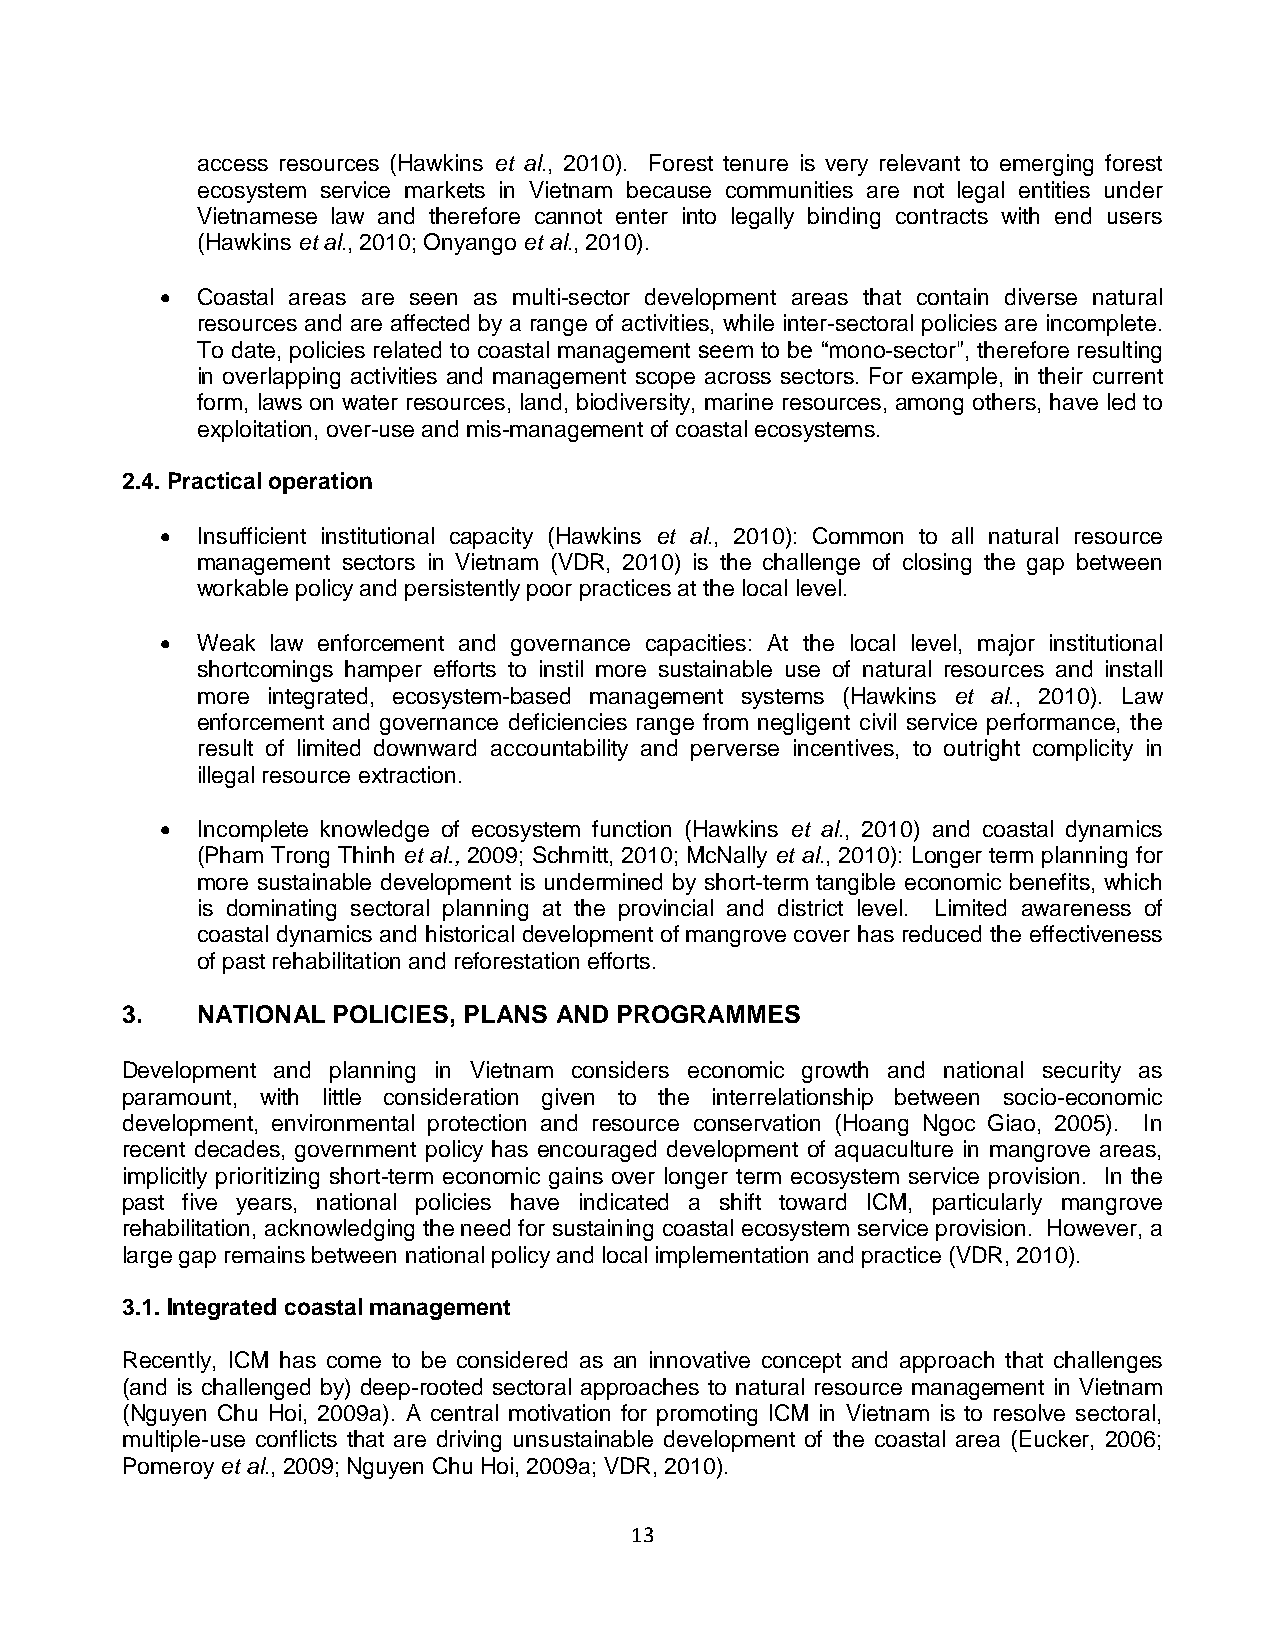
access resources (Hawkins et al., 2010). Forest tenure is very relevant to emerging forest
 ecosystem service markets in Vietnam because communities are not legal entities under
 Vietnamese law and therefore cannot enter into legally binding contracts with end users
 (Hawkins et al., 2010; Onyango et al., 2010).
  Coastal areas are seen as multi-sector development areas that contain diverse natural
 resources and are affected by a range of activities, while inter-sectoral policies are incomplete.
 To date, policies related to coastal management seem to be “mono-sector", therefore resulting
 in overlapping activities and management scope across sectors. For example, in their current
 form, laws on water resources, land, biodiversity, marine resources, among others, have led to
 exploitation, over-use and mis-management of coastal ecosystems.
 2.4. Practical operation
  Insufficient institutional capacity (Hawkins et al., 2010): Common to all natural resource
 management sectors in Vietnam (VDR, 2010) is the challenge of closing the gap between
 workable policy and persistently poor practices at the local level.
  Weak law enforcement and governance capacities: At the local level, major institutional
 shortcomings hamper efforts to instil more sustainable use of natural resources and install
 more integrated, ecosystem-based management systems (Hawkins et al., 2010). Law
 enforcement and governance deficiencies range from negligent civil service performance, the
 result of limited downward accountability and perverse incentives, to outright complicity in
 illegal resource extraction.
  Incomplete knowledge of ecosystem function (Hawkins et al., 2010) and coastal dynamics
 (Pham Trong Thinh et al., 2009; Schmitt, 2010; McNally et al., 2010): Longer term planning for
 more sustainable development is undermined by short-term tangible economic benefits, which
 is dominating sectoral planning at the provincial and district level. Limited awareness of
 coastal dynamics and historical development of mangrove cover has reduced the effectiveness
 of past rehabilitation and reforestation efforts.
 3.   NATIONAL POLICIES, PLANS AND PROGRAMMES
 Development and planning in Vietnam considers economic growth and national security as
 paramount, with little consideration given to the interrelationship between socio-economic
 development, environmental protection and resource conservation (Hoang Ngoc Giao, 2005). In
 recent decades, government policy has encouraged development of aquaculture in mangrove areas,
 implicitly prioritizing short-term economic gains over longer term ecosystem service provision. In the
 past five years, national policies have indicated a shift toward ICM, particularly mangrove
 rehabilitation, acknowledging the need for sustaining coastal ecosystem service provision. However, a
 large gap remains between national policy and local implementation and practice (VDR, 2010).
 3.1. Integrated coastal management
 Recently, ICM has come to be considered as an innovative concept and approach that challenges
 (and is challenged by) deep-rooted sectoral approaches to natural resource management in Vietnam
 (Nguyen Chu Hoi, 2009a). A central motivation for promoting ICM in Vietnam is to resolve sectoral,
 multiple-use conflicts that are driving unsustainable development of the coastal area (Eucker, 2006;
 Pomeroy et al., 2009; Nguyen Chu Hoi, 2009a; VDR, 2010).
 13